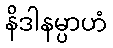
နိဒါနမ္ပာဟံ